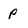
Character: p